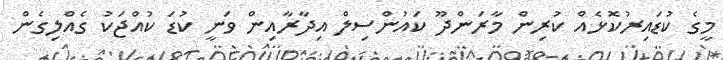
މީގެ ކުޑައިރުކޮޅެއް ކުރިން މާރަންދޫ ކައުންސިލް އިދާރާއިން ވަނީ ކުޑަ ކުއްޖަކު ގެއްލިގެން